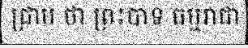
ជ្រាប ថា ព្រះបាទ ធម្មរាជា